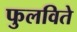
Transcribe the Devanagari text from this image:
फुलविते